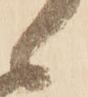
候